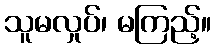
သူမလှုပ်၊ မကြည့်။